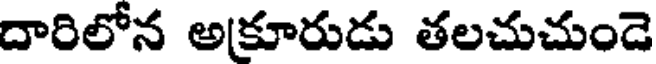
దారిలోన అకూరుడు తలచుచుండె